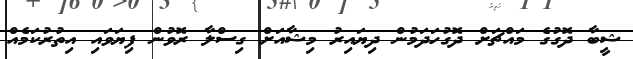
ޝީބާ ދޮގުގެ މައްޗަށް ދޮގުހަދަމުން ދިޔައިރު މިޝާއަށް ގިސްލާ ރޮވުން ފިޔަވައި އިތުރުކަމެއް